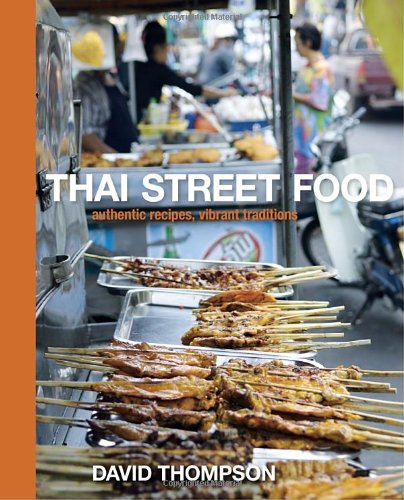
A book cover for Thai Street Food; David Thompson; Cookbooks, Food & Wine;